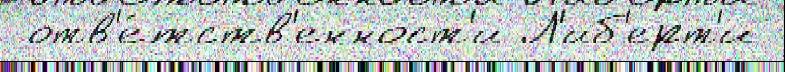
 отв'е́тств'енност'и Л'иб'ерт'и